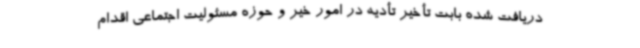
دریافت شده بابت تأخیر تأدیه در امور خیر و حوزه مسئولیت اجتماعی اقدام